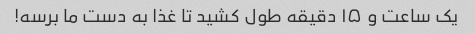
یک ساعت و ۱۵ دقیقه طول کشید تا غذا به دست ما برسه!